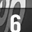
Digit: 6